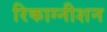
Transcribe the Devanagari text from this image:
रिकाग्नीशन